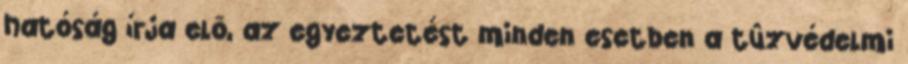
hatóság írja elõ, az egyeztetést minden esetben a tûzvédelmi